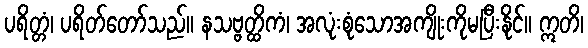
ပရိတ္တံ၊ ပရိတ်တော်သည်။ နသဗ္ဗတ္ထိကံ၊ အလုံးစုံသောအကျိုးကိုမပြီးနိုင်။ ဣတိ၊